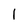
Character: 1